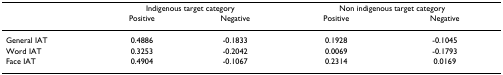
|  | <COLSPAN=2> Indigenous target category | <COLSPAN=2> Non indigenous target category |
 |  | Positive | Negative | Positive | Negative |
 | --- | --- | --- | --- | --- |
 | General IAT | 0.4886 | -0.1833 | 0.1928 | -0.1045 |
 | Word IAT | 0.3253 | -0.2042 | 0.0069 | -0.1793 |
 | Face IAT | 0.4904 | -0.1067 | 0.2314 | 0.0169 |